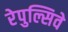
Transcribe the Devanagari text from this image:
रेपुल्सिवे